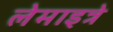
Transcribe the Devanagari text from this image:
लेमाइत्रे